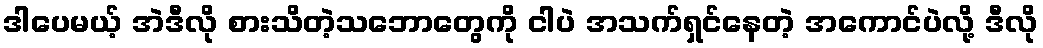
ဒါပေမယ့် အဲဒီလို စားသိတဲ့သဘောတွေကို ငါပဲ အသက်ရှင်နေတဲ့ အကောင်ပဲလို့ ဒီလို